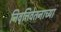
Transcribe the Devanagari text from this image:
निवृत्तिवेतनाच्या